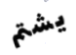
يشتم